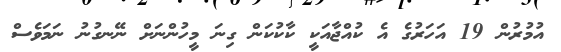
އުމުރުން 19 އަހަރުގެ އެ ކުއްޖާއަކީ ކާކުކަން ގިނަ މީހުންނަށް ނޭނގުނު ނަމަވެސް